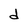
Character: d